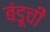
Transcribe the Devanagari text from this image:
बंडूची